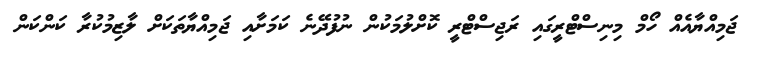
ޖަމިއްޔާއެއް ހޯމް މިނިސްޓްރީގައި ރަޖިސްޓްރީ ކޮށްލުމަކުން ނުފުދޭނެ ކަމަށާއި ޖަމިއްޔާތަކަށް ލާޒިމުކުރާ ކަންކަން